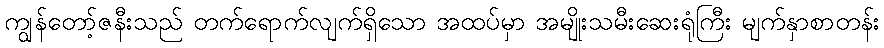
ကျွန်တော့်ဇနီးသည် တက်ရောက်လျက်ရှိသော အထပ်မှာ အမျိုးသမီးဆေးရုံကြီး မျက်နှာစာတန်း